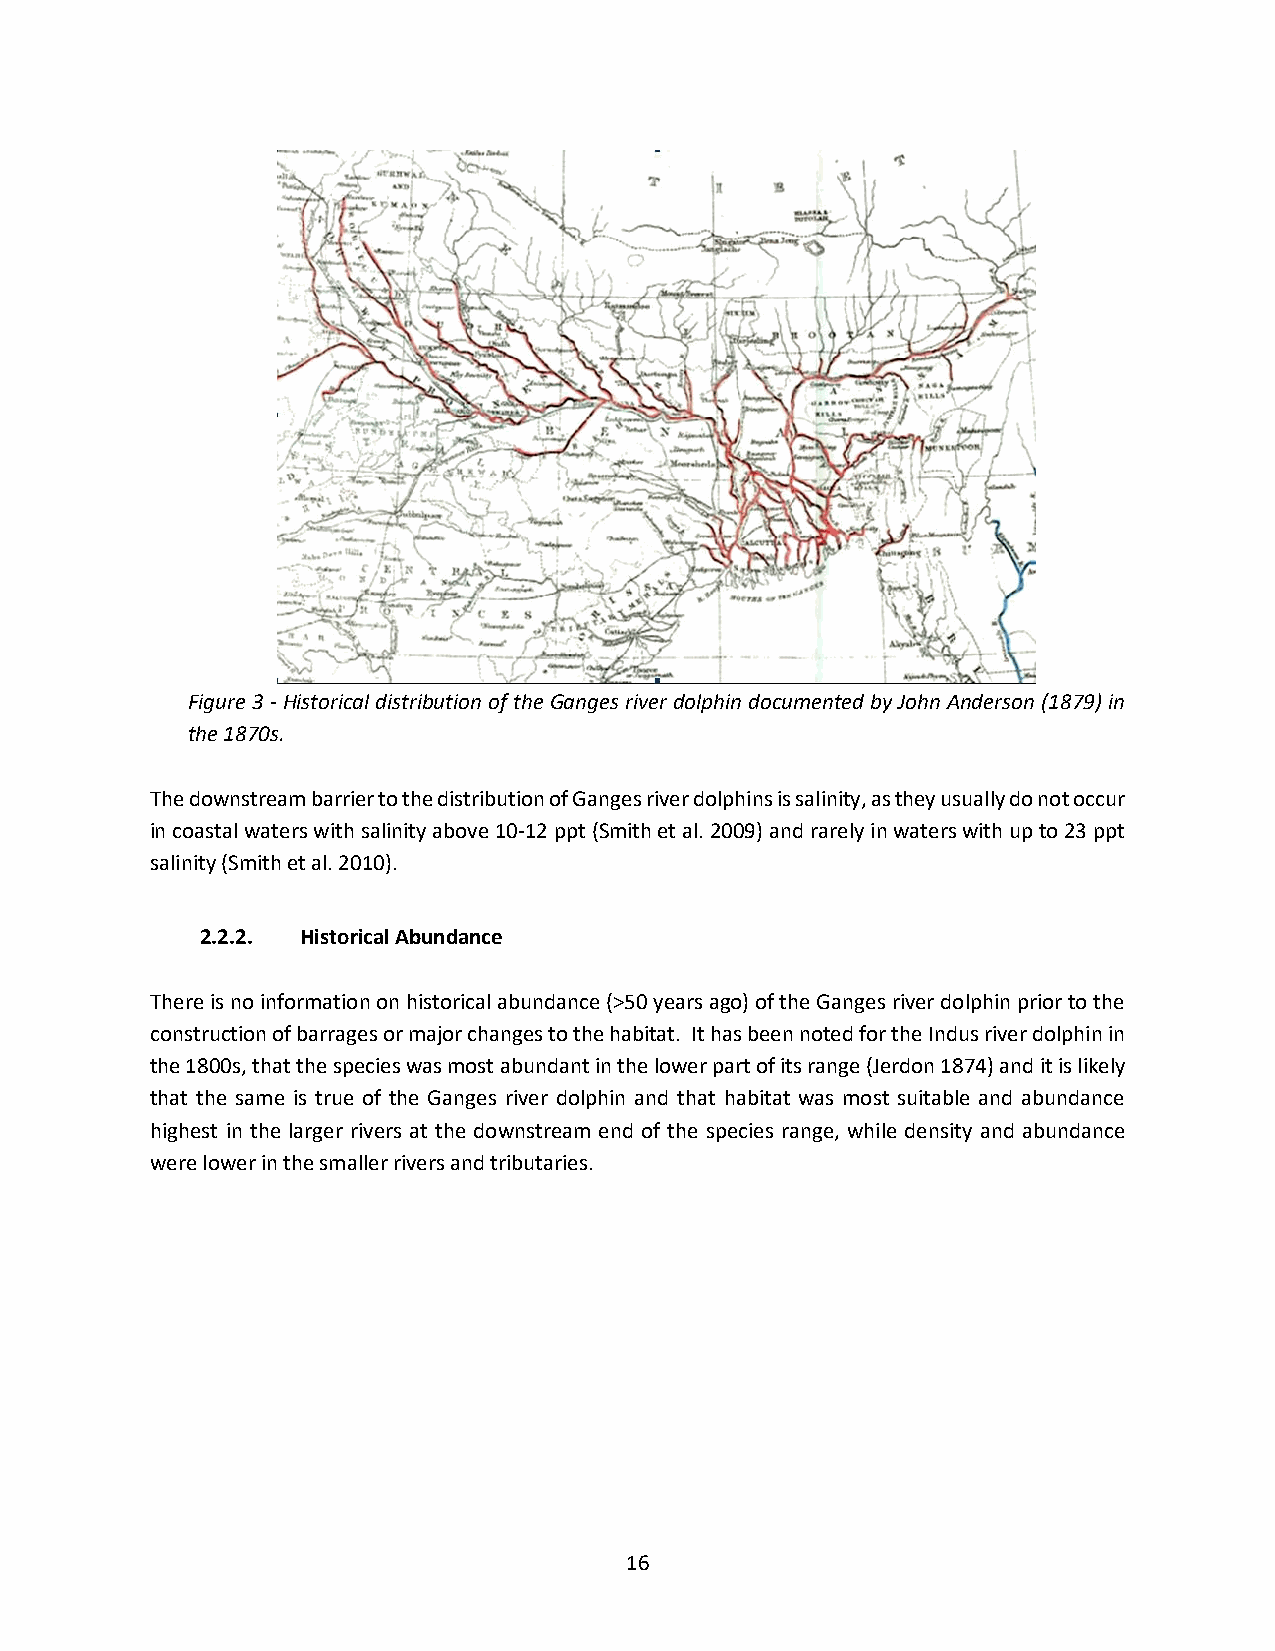
Figure 3 - Historical distribution of the Ganges river dolphin documented by John Anderson (1879) in
 the 1870s.
 The downstream barrier to the distribution of Ganges river dolphins is salinity, as they usually do not occur
 in coastal waters with salinity above 10-12 ppt (Smith et al. 2009) and rarely in waters with up to 23 ppt
 salinity (Smith et al. 2010).
 2.2.2. Historical Abundance
 There is no information on historical abundance (>50 years ago) of the Ganges river dolphin prior to the
 construction of barrages or major changes to the habitat. It has been noted for the Indus river dolphin in
 the 1800s, that the species was most abundant in the lower part of its range (Jerdon 1874) and it is likely
 that the same is true of the Ganges river dolphin and that habitat was most suitable and abundance
 highest in the larger rivers at the downstream end of the species range, while density and abundance
 were lower in the smaller rivers and tributaries.
 16